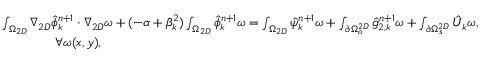
\begin{array} { r l } & { \int _ { \Omega _ { 2 D } } \nabla _ { 2 D } \hat { \phi } _ { k } ^ { n + 1 } \cdot \nabla _ { 2 D } \omega + ( - \alpha + \beta _ { k } ^ { 2 } ) \int _ { \Omega _ { 2 D } } \hat { \phi } _ { k } ^ { n + 1 } \omega = \int _ { \Omega _ { 2 D } } \hat { \psi } _ { k } ^ { n + 1 } \omega + \int _ { \partial \Omega _ { o } ^ { 2 D } } \hat { g } _ { 2 , k } ^ { n + 1 } \omega + \int _ { \partial \Omega _ { s } ^ { 2 D } } \hat { U } _ { k } \omega , } \\ & { \qquad \qquad \forall \omega ( x , y ) , } \end{array}